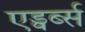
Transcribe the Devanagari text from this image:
एड्वर्ब्स